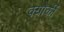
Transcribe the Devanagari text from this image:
क्योकीं